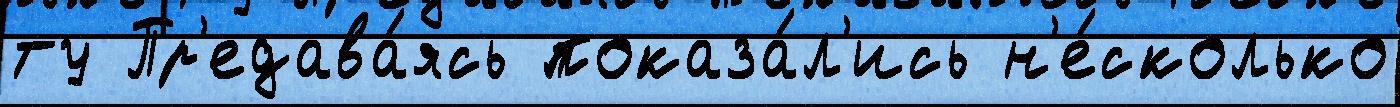
ту Пр'едава́ясь показа́л'ись н'е́сколько